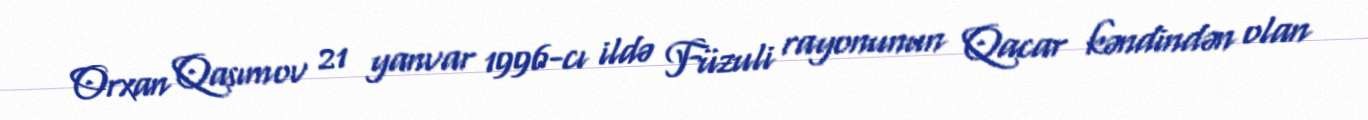
Orxan Qasımov 21 yanvar 1996-cı ildə Füzuli rayonunun Qacar kəndindən olan